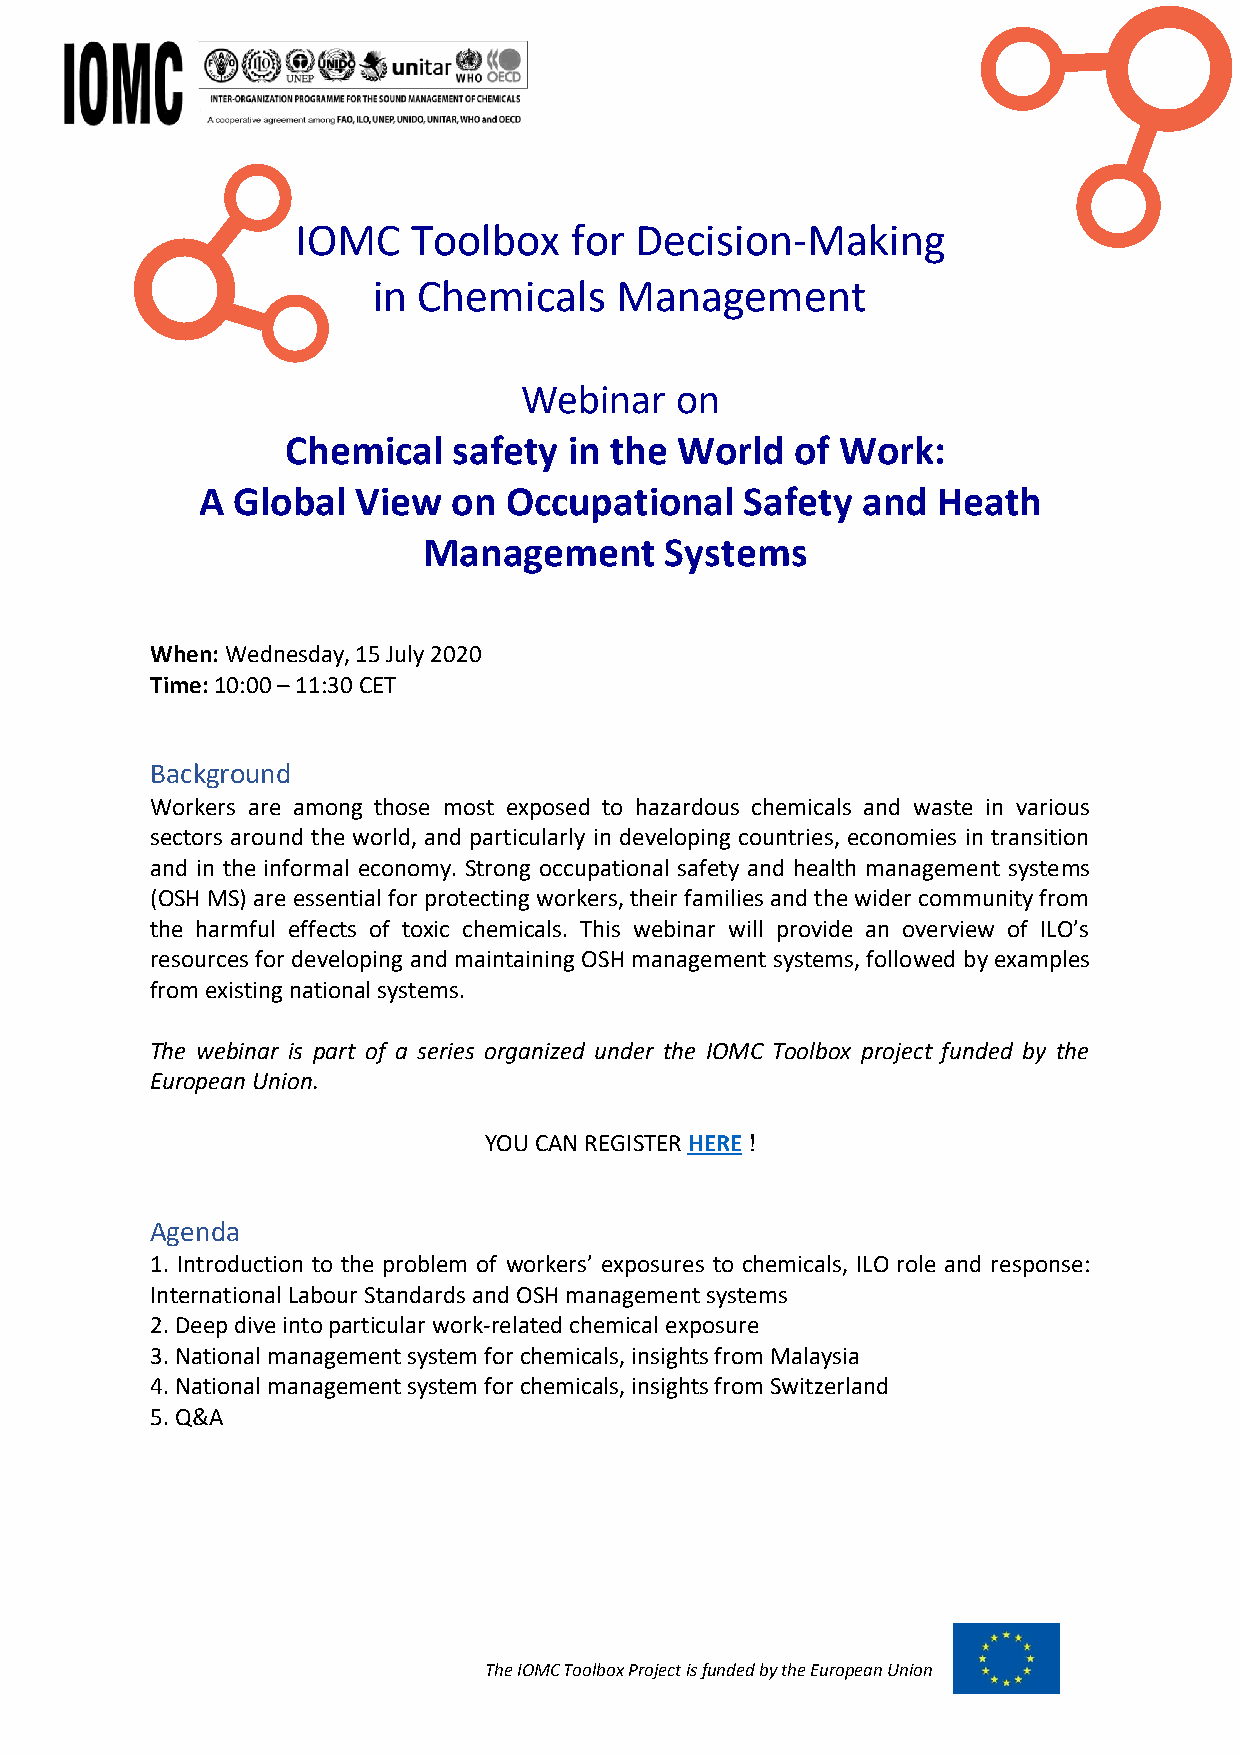
IOMC   Toolbox    for Decision-Making
 in Chemicals    Management
 Webinar    on
 Chemical   safety  in the World   of Work:
 A Global   View  on Occupational    Safety  and  Heath
 Management      Systems
 When: Wednesday, 15 July 2020
 Time: 10:00 – 11:30 CET
 Background
 Workers are among those most exposed to hazardous chemicals and waste in various
 sectors around the world, and particularly in developing countries, economies in transition
 and in the informal economy. Strong occupational safety and health management systems
 (OSH MS) are essential for protecting workers, their families and the wider community from
 the harmful effects of toxic chemicals. This webinar will provide an overview of ILO’s
 resources for developing and maintaining OSH management systems, followed by examples
 from existing national systems.
 The webinar is part of a series organized under the IOMC Toolbox project funded by the
 European Union.
 YOU CAN REGISTER HERE !
 Agenda
 1. Introduction to the problem of workers’ exposures to chemicals, ILO role and response:
 International Labour Standards and OSH management systems
 2. Deep dive into particular work-related chemical exposure
 3. National management system for chemicals, insights from Malaysia
 4. National management system for chemicals, insights from Switzerland
 5. Q&A
 The IOMC Toolbox Project is funded by the European Union